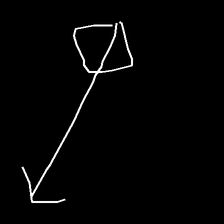
Glyph: focus